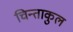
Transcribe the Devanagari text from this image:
चिन्ताकुल